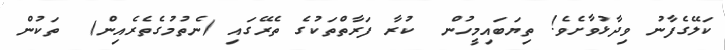
ކަލޭގެފާނު ވިދާޅުވާށެވެ! ތިޔަބައިމީހުން  ކުރާ ފަރާތްތަކުގެ ތެރޭގައި (ނެތުމުގެތެރެއިން)  ތަކުން